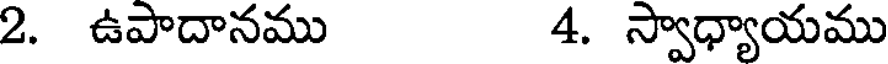
2. ఉపాదానము 4. స్వాధ్యాయము